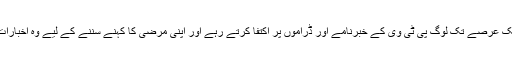
پاکستان میں ایک عرصے تک لوگ پی ٹی وی کے خبرنامے اور ڈراموں پر اکتفا کرتے رہے اور اپنی مرضی کا کہنے سننے کے لیے وہ اخبارات پڑھتے تھے۔